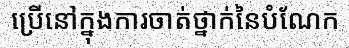
ប្រើនៅក្នុងការចាត់ថ្នាក់នៃបំណែក